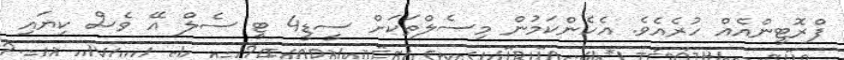
ފްރޮޓީންއެއް ހުރެެއެވެ. އެހެންކަމުން މިސެލްތަކަށް ސީޑީ4 ޓީ ސެލް އޭ ވެސް ކިޔައި